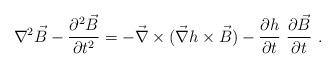
LaTeX: \begin{align*}\nabla^2\vec{B}-\frac{\partial^2\vec{B}}{\partial t^2}=-\vec{\nabla}\times (\vec{\nabla}h\times \vec{B})-\frac{\partial h}{\partial t}\ \frac{\partial\vec{B}}{\partial t}\ .\end{align*}